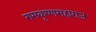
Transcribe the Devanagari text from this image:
रामकृष्णमहाराज